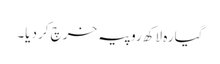
گیارہ لاکھ روپیہ خرچ کر دیا۔